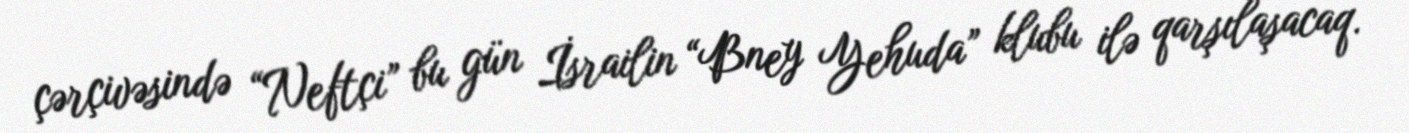
çərçivəsində “Neftçi” bu gün İsrailin “Bney Yehuda” klubu ilə qarşılaşacaq.